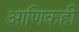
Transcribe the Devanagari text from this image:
आणिकही